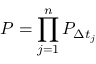
P = \prod _ { j = 1 } ^ { n } P _ { \Delta t _ { j } }